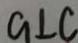
a \bot c